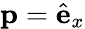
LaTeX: \mathbf{p}=\hat{\mathbf{e}}_{x}